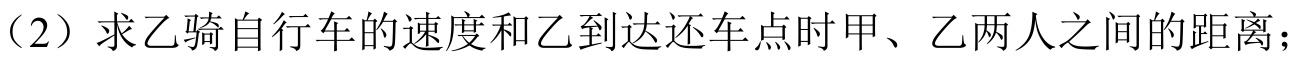
（2）求乙骑自行车的速度和乙到达还车点时甲、乙两人之间的距离；